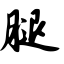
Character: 腿